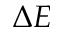
\Delta E